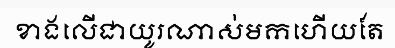
ខាងលើជាយូរណាស់មកហើយតែ